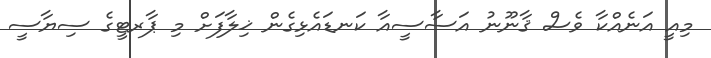
މިއީ އަނެއްކާ ވެސް ޤާނޫނު އަސާސީއާ ކަނޑައެޅިގެން ޚިލާފަށް މި ޕާރޓީގެ ސިޔާސީ